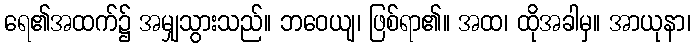
ရေ၏အထက်၌ အမျှသွားသည်။ ဘဝေယျ၊ ဖြစ်ရာ၏။ အထ၊ ထိုအခါမှ။ အာယုနာ၊